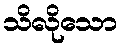
သိလိုသော